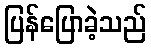
ပြန်ပြောခဲ့သည်